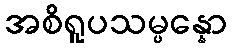
အစိရူပသမ္ပန္နော